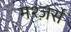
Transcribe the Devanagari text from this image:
मश्ज़र्स